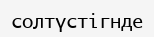
солтүстігнде